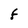
Character: f